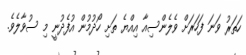
ހަތަރު ވަނަ ފަހަރަށް ވެލެންސިއާ އިއްޔެ ތަށި ހޯދުމުން އުފެދުނީ މި ސުވާލެވެ.